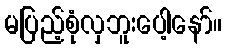
မပြည့်စုံလှဘူးပေါ့နော်။